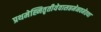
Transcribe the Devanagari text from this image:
प्रथमेह्नितृतीयेवासप्तमेनवमेतथा